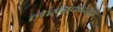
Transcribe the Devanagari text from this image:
लेप्टोस्पाइरता